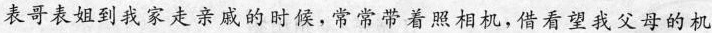
表哥表姐到我家走亲戚的时候，常常带着照相机,借看望我父母的机